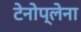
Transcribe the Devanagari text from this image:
टेनोप्लेना